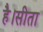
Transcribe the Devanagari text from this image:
है।सीता